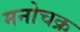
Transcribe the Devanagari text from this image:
मनोचक्र